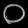
Digit: ၀